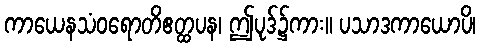
ကာယေနသံဝရောတိဧတ္ထပန၊ ဤပုဒ်၌ကား။ ပသာဒကာယောပိ၊